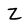
Character: z